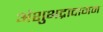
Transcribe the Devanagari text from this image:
अंशुभद्रादागम